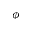
\phi